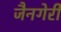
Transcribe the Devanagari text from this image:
जैनगेरी